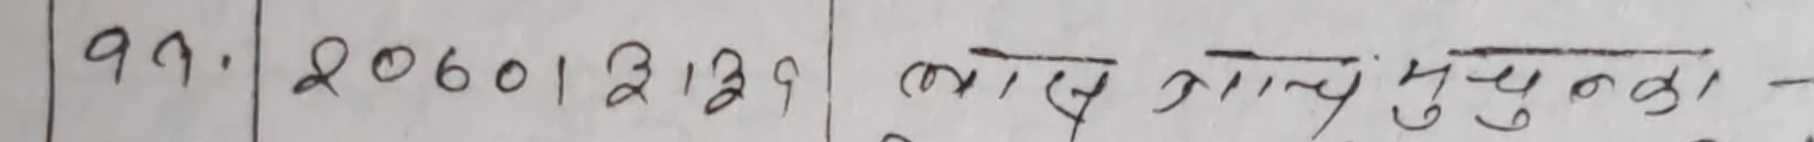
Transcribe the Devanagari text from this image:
१९. २०६०१३१२ कास आए मुलुका -